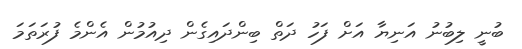
ބުނީ ލިބުނު އަނިޔާ އަށް ފަހު ދަތް ބިންދައިގެން ދިއުމުން އެންމެ ފުރަތަމަ